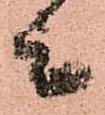
上